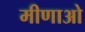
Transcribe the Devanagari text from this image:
मीणाओ